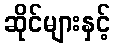
ဆိုင်များနှင့်